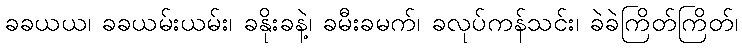
ခခယယ၊ ခခယမ်းယမ်း၊ ခနိုးခနဲ့၊ ခမီးခမက်၊ ခလုပ်ကန်သင်း၊ ခဲခဲကြိတ်ကြိတ်၊